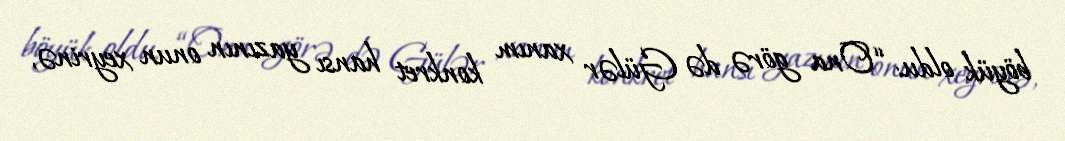
böyük oldu: “Ona görə də Gülər xanım konkret hansı yazının onun xeyrinə,